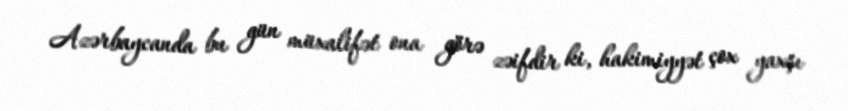
Azərbaycanda bu gün müxalifət ona görə zəifdir ki, hakimiyyət çox yaxşı